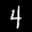
Label: 4